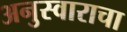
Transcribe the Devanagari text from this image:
अनुस्वाराचा